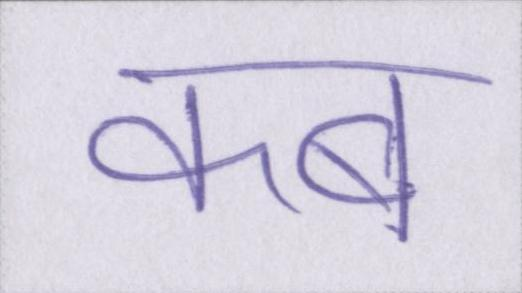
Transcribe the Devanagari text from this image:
कब